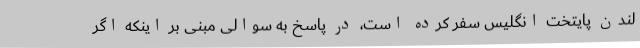
لندن پایتخت انگلیس سفر کرده است، در پاسخ به سوالی مبنی بر اینکه اگر